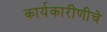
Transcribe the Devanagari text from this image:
कार्यकारीणीचे